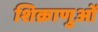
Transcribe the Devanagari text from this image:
शिक्राणुओं